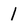
Character: 1